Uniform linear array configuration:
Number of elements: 32
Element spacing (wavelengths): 1
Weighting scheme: uniform
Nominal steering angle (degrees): -15
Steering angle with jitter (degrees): -13.923
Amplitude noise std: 0.05
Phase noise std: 0.05

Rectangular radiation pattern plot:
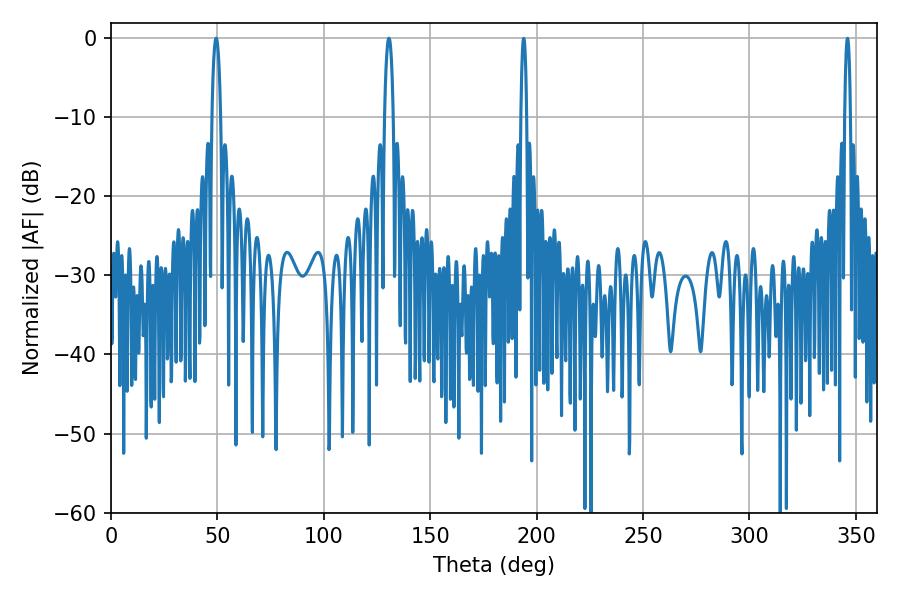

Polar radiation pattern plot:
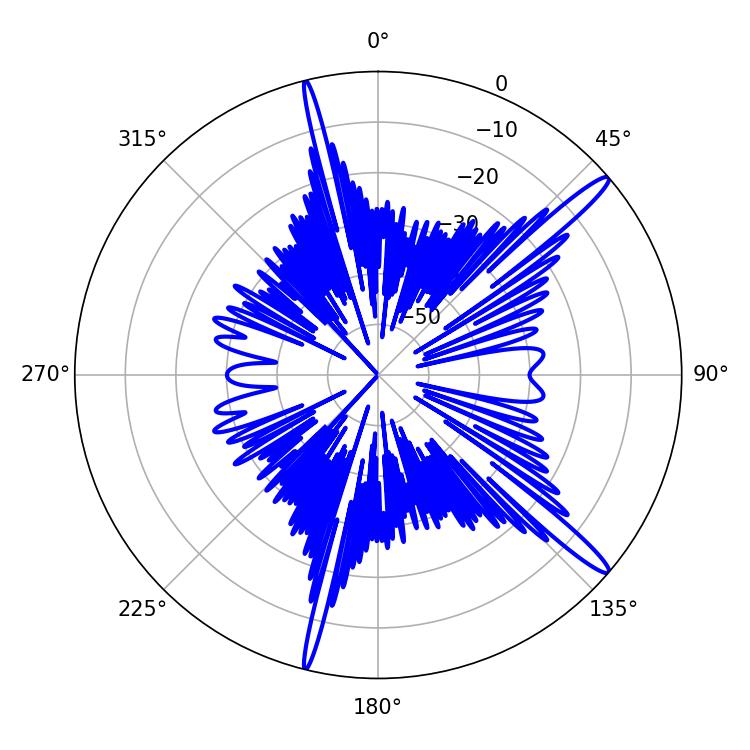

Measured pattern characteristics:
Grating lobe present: TRUE
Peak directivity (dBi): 15.473
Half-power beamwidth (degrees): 2.34
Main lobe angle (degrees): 49.32